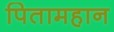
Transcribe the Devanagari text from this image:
पितामहान